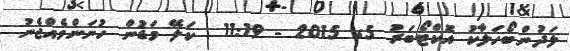
ލަދުންބޯހަލާކު އޮކްޓޯބަރު 5